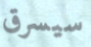
سيسرق